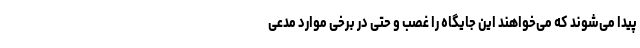
پیدا می‌شوند که می‌خواهند این جایگاه را غصب و حتی در برخی موارد مدعی